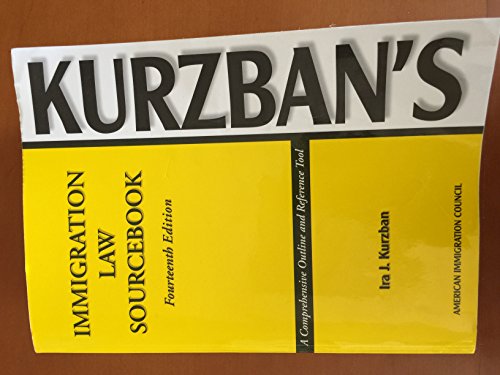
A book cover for Kurzban's Immigration Law Sourcebook 14th Ed.; Ira J. Kurzban; Law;